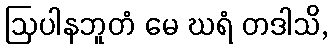
ဩပါနဘူတံ မေ ဃရံ တဒါသိ,